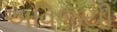
અવિજયી